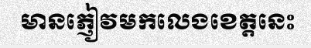
មានភ្ញៀវមកលេងខេត្តនេះ